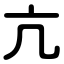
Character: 亢